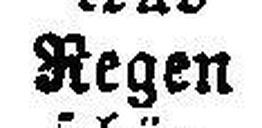
Regen